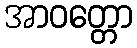
အာဝတ္တော